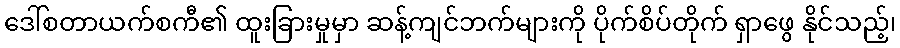
ဒေါ်စတာယက်စကီ၏ ထူးခြားမှုမှာ ဆန့်ကျင်ဘက်များကို ပိုက်စိပ်တိုက် ရှာဖွေ နိုင်သည့်၊